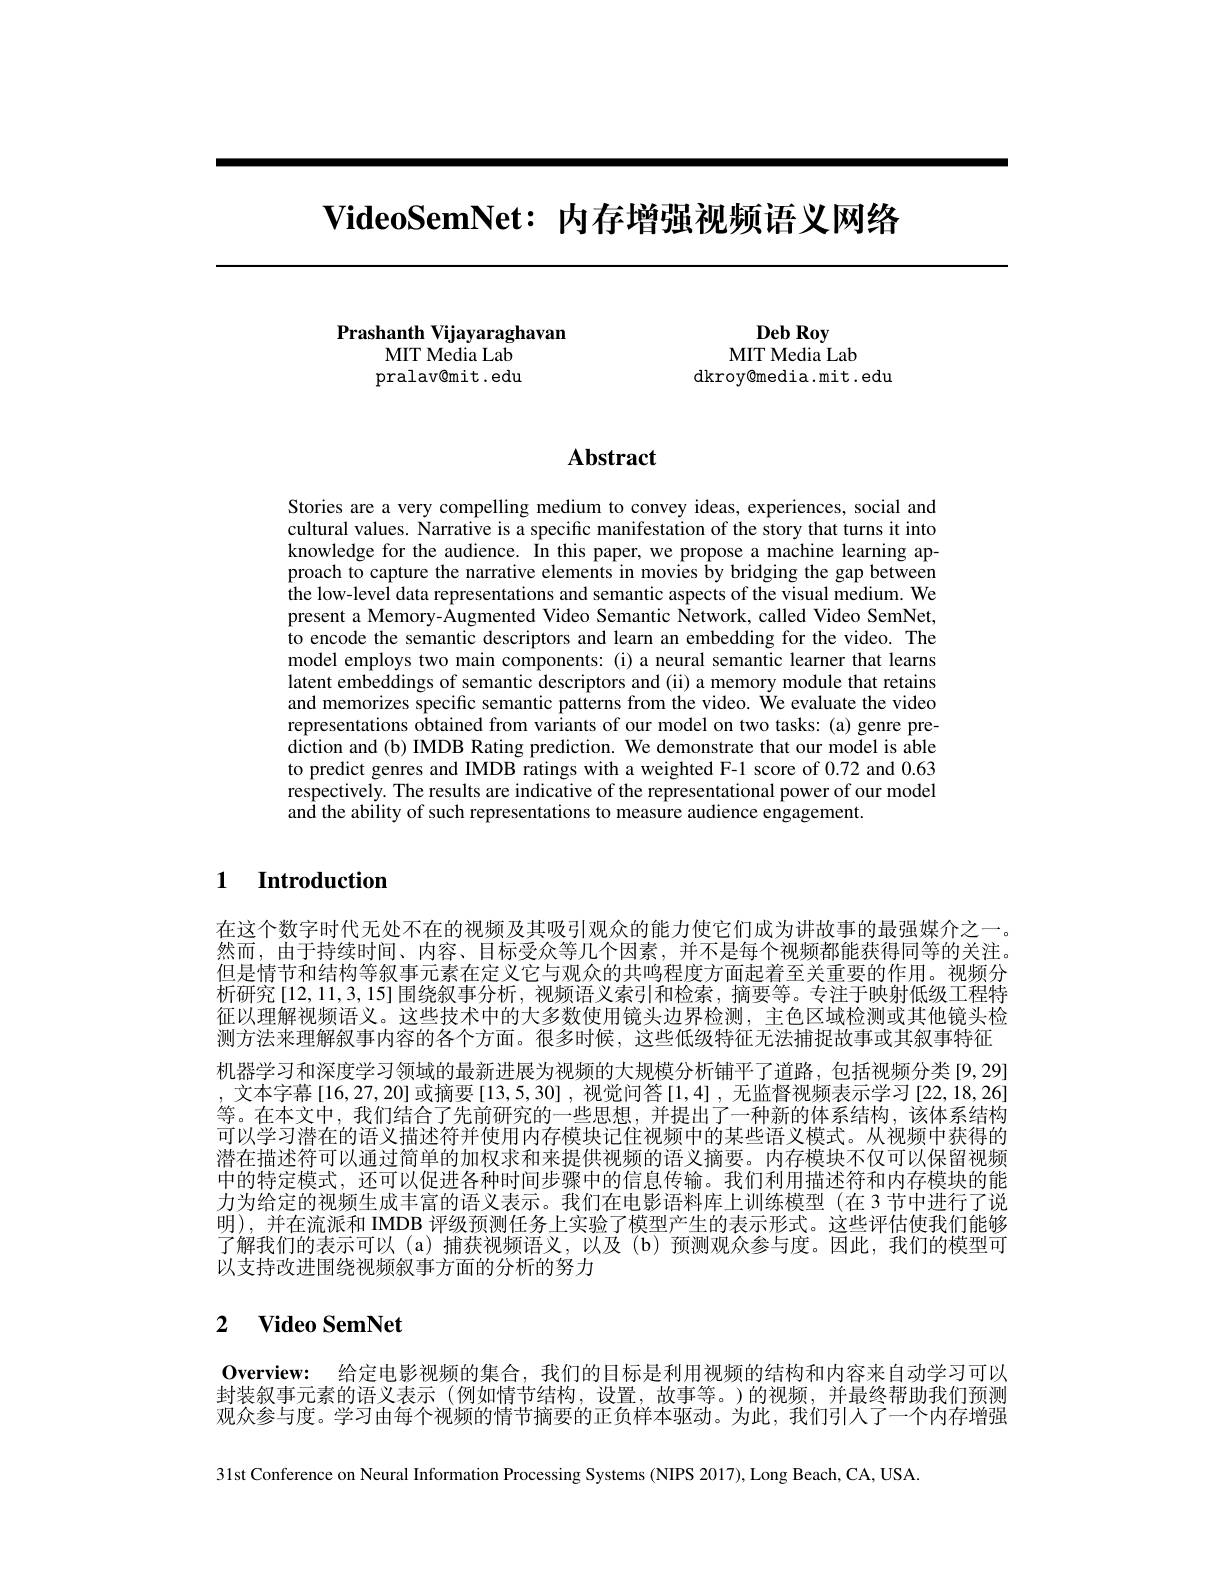
# $\textbf{VideoSemNet: 内 存 增 强 视 频 语 义 网 络 }$

Prashanth Vijayaraghavan
MIT Media Lab pralav@mit.edu

Deb Roy
MIT Media Lab
dkroy@media.mit.edu

# Abstract

Stories are a very compelling medium to convey ideas, experiences, social and cultural values. Narrative is a specific manifestation of the story that turns it into knowledge for the audience. In this paper, we propose a machine learning approach to capture the narrative elements in movies by bridging the gap between the low-level data representations and semantic aspects of the visual medium. We present a Memory-Augmented Video Semantic Network, called Video SemNet, to encode the semantic descriptors and learn an embedding for the video. The model employs two main components: (i) a neural semantic learner that learns latent embeddings of semantic descriptors and (ii) a memory module that retains and memorizes specific semantic patterns from the video. We evaluate the video representations obtained from variants of our model on two tasks: (a) genre prediction and (b) IMDB Rating prediction. We demonstrate that our model is able to predict genres and IMDB ratings with a weighted F-1 score of 0.72 and 0.63 respectively. The results are indicative of the representational power of our model and the ability of such representations to measure audience engagement.

### $\textbf{1 Introduction}$

在这个数字时代无处不在的视频及其吸引观众的能力使它们成为讲故事的最强媒介之一。然而，由于持续时间、内容、目标受众等几个因素，并不是每个视频都能获得同等的关注。但是情节和结构等叙事元素在定义它与观众的共鸣程度方面起着至关重要的作用。视频分析研究[12,11,3,15]围绕叙事分析，视频语义索引和检索，摘要等。专注于映射低级工程特征以理解视频语义。这些技术中的大多数使用镜头边界检测，主色区域检测或其他镜头检测方法来理解叙事内容的各个方面。很多时候，这些低级特征无法捕捉故事或其叙事特征机器学习和深度学习领域的最新进展为视频的大规模分析铺平了道路，包括视频分类[9,29] ,文本字幕[16,27,20]或摘要[13,5,30],视觉问答[1,4],无监督视频表示学习[22,18,26] 等。在本文中，我们结合了先前研究的一些思想，并提出了一种新的体系结构，该体系结构可以学习潜在的语义描述符并使用内存模块记住视频中的某些语义模式。从视频中获得的潜在描述符可以通过简单的加权求和来提供视频的语义摘要。内存模块不仅可以保留视频中的特定模式，还可以促进各种时间步骤中的信息传输。我们利用描述符和内存模块的能力为给定的视频生成丰富的语义表示。我们在电影语料库上训练模型(在3节中进行了说明),并在流派和 IMDB 评级预测任务上实验了模型产生的表示形式。这些评估使我们能够了解我们的表示可以 (a)捕获视频语义，以及 (b)预测观众参与度。因此，我们的模型可以支持改进围绕视频叙事方面的分析的努力

## $\textbf{2}$ $\textbf{Video SemNet}$

Overview: 给定电影视频的集合，我们的目标是利用视频的结构和内容来自动学习可以封装叙事元素的语义表示 (例如情节结构，设置，故事等。)的视频，并最终帮助我们预测观众参与度。学习由每个视频的情节摘要的正负样本驱动。为此，我们引人了一个内存增强

31st Conference on Neural Information Processing Systems (NIPS 2017), Long Beach, CA, USA